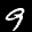
Label: 9